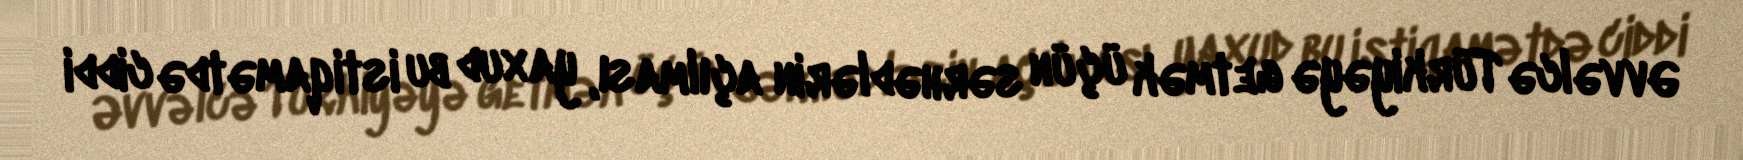
Əvvəlcə Türkiyəyə getmək üçün sərhədlərin açılması, yaxud bu istiqamətdə ciddi